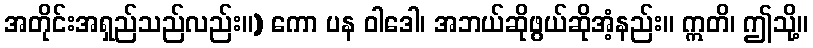
အတိုင်းအရှည်သည်လည်း။) ကော ပန ဝါဒေါ၊ အဘယ်ဆိုဖွယ်ဆိုအံ့နည်း။ ဣတိ၊ ဤသို့။